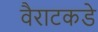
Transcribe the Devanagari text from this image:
वैराटकडे